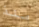
منذ